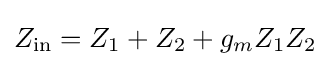
Z_{\text{in}}=Z_{1}+Z_{2}+g_{m}Z_{1}Z_{2}